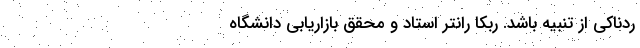
ردناکی از تنبیه باشد. رِبِکا رانتِر استاد و محقق بازاریابی دانشگاه